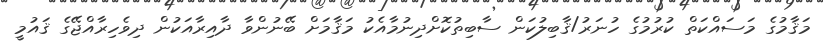
މަޤާމުގެ މަސައްކަތް ކުރުމުގެ ހުނަރު/ޤާބިލުކަން ސާބިތުކޮށްދިނުމާއެކު މަޤާމަށް ބޭނުންވާ ދާއިރާއަކުން ދިވެހިރާއްޖޭގެ ޤައުމީ